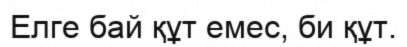
Елге бай құт емес, би құт.